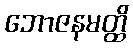
ဘောဇနမတ္ထိ